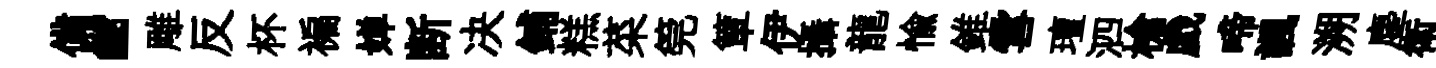
備“雕反杯褊婵断决鋪糕菜筦簞伊攝龍愉錐雪璮泗槍戯啼諷溯塵衛